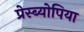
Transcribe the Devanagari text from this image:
प्रेस्ब्योपिया